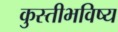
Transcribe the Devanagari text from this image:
कुस्तीभविष्य